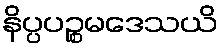
နိပ္ပပဉ္စမဒေသယိ